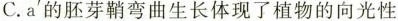
C.a'的胚芽鞘弯曲生长体现了植物的向光性